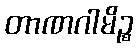
တာဏဂါမိဉ္စ